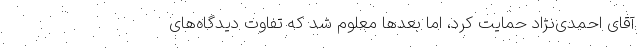
آقای احمدی‌نژاد حمایت کرد، اما بعد‌ها معلوم شد که تفاوت دیدگاه‌های